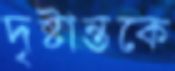
দৃষ্টান্তকে